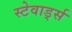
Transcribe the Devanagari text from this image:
स्टेवार्ड्स